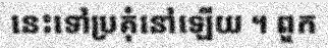
នេះទៅប្រគុំនៅឡើយ ។ ពួក